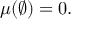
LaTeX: \mu ( \varnothing ) = 0 .